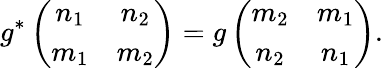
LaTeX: g^{*}\left(\begin{array}{cc}{{n_{1}}}&{{n_{2}}}\\ {{m_{1}}}&{{m_{2}}}\end{array}\right)=g\left(\begin{array}{cc}{{m_{2}}}&{{m_{1}}}\\ {{n_{2}}}&{{n_{1}}}\end{array}\right).